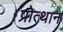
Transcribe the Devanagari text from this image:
प्रोत्थान